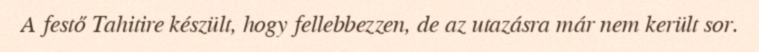
A festő Tahitire készült, hogy fellebbezzen, de az utazásra már nem került sor.